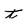
Character: t